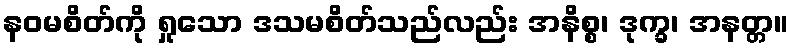
နဝမစိတ်ကို ရှုသော ဒသမစိတ်သည်လည်း အနိစ္စ၊ ဒုက္ခ၊ အနတ္တ။